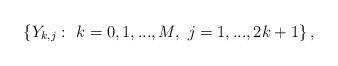
LaTeX: \begin{align*}\left\{Y_{k,j}:\ k=0,1,...,M,\ j=1,...,2k+1\right\},\end{align*}